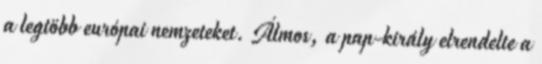
a legtöbb európai nemzeteket. Álmos, a pap-király elrendelte a